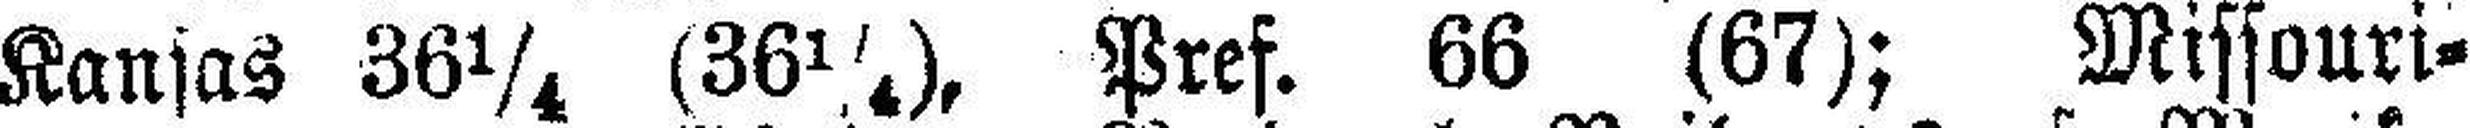
Kansas 36¼ (36¼), Pref. 66 (67); Missouri¬